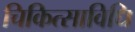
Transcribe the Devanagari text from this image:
चिकित्साविधि